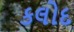
કલોદ